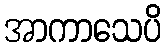
အာကာသေပိ